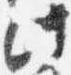
此